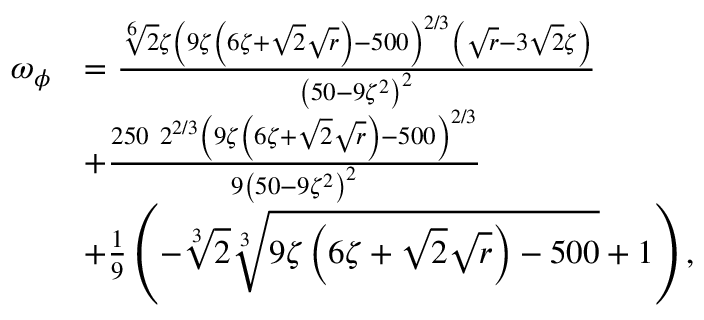
\begin{array} { r l } { \omega _ { \phi } } & { = \frac { \sqrt [ 6 ] { 2 } \zeta \left( 9 \zeta \left( 6 \zeta + \sqrt { 2 } \sqrt { r } \right) - 5 0 0 \right) ^ { 2 / 3 } \left( \sqrt { r } - 3 \sqrt { 2 } \zeta \right) } { \left( 5 0 - 9 \zeta ^ { 2 } \right) ^ { 2 } } } \\ & { + \frac { 2 5 0 \ 2 ^ { 2 / 3 } \left( 9 \zeta \left( 6 \zeta + \sqrt { 2 } \sqrt { r } \right) - 5 0 0 \right) ^ { 2 / 3 } } { 9 \left( 5 0 - 9 \zeta ^ { 2 } \right) ^ { 2 } } } \\ & { + \frac { 1 } { 9 } \left( - \sqrt [ 3 ] { 2 } \sqrt [ 3 ] { 9 \zeta \left( 6 \zeta + \sqrt { 2 } \sqrt { r } \right) - 5 0 0 } + 1 \right) , } \end{array}